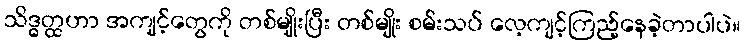
သိဒ္ဓတ္ထဟာ အကျင့်တွေကို တစ်မျိုးပြီး တစ်မျိုး စမ်းသပ် လေ့ကျင့်ကြည့်နေခဲ့တာပါပဲ။